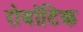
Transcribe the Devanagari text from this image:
रोबॉटिक